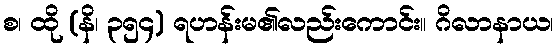
စ၊ ထို (နိ၊ ၃၅၄) ရဟန်းမ၏လည်းကောင်း။ ဂိလာနာယ၊